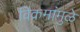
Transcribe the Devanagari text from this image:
विक्रमांमुळे